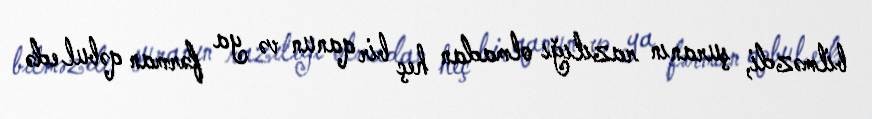
bilməzdi, şuranın razılığı olmadan heç bir qanun və ya fərman qəbul edə